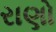
રાણો